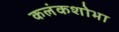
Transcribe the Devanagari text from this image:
कलंकशोभा